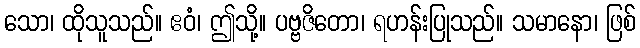
သော၊ ထိုသူသည်။ ဧဝံ၊ ဤသို့။ ပဗ္ဗဇိတော၊ ရဟန်းပြုသည်။ သမာနော၊ ဖြစ်